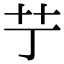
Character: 艼